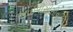
આઇપીસીસીના